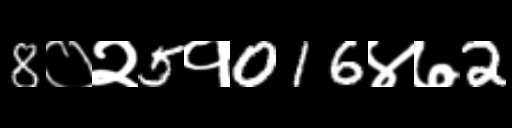
Text: 8०२5१016४७2